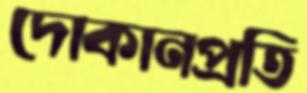
দোকানপ্রতি